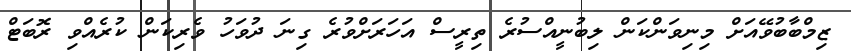
ޒިމްބާބުވޭއަށް މިނިވަންކަން ލިބުނީއްސުރެ ތިރީސް އަހަރަށްވުރެ ގިނަ ދުވަހު ވެރިކަން ކުރެއްވި ރޮބަޓް